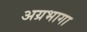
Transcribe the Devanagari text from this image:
अग्रभागा